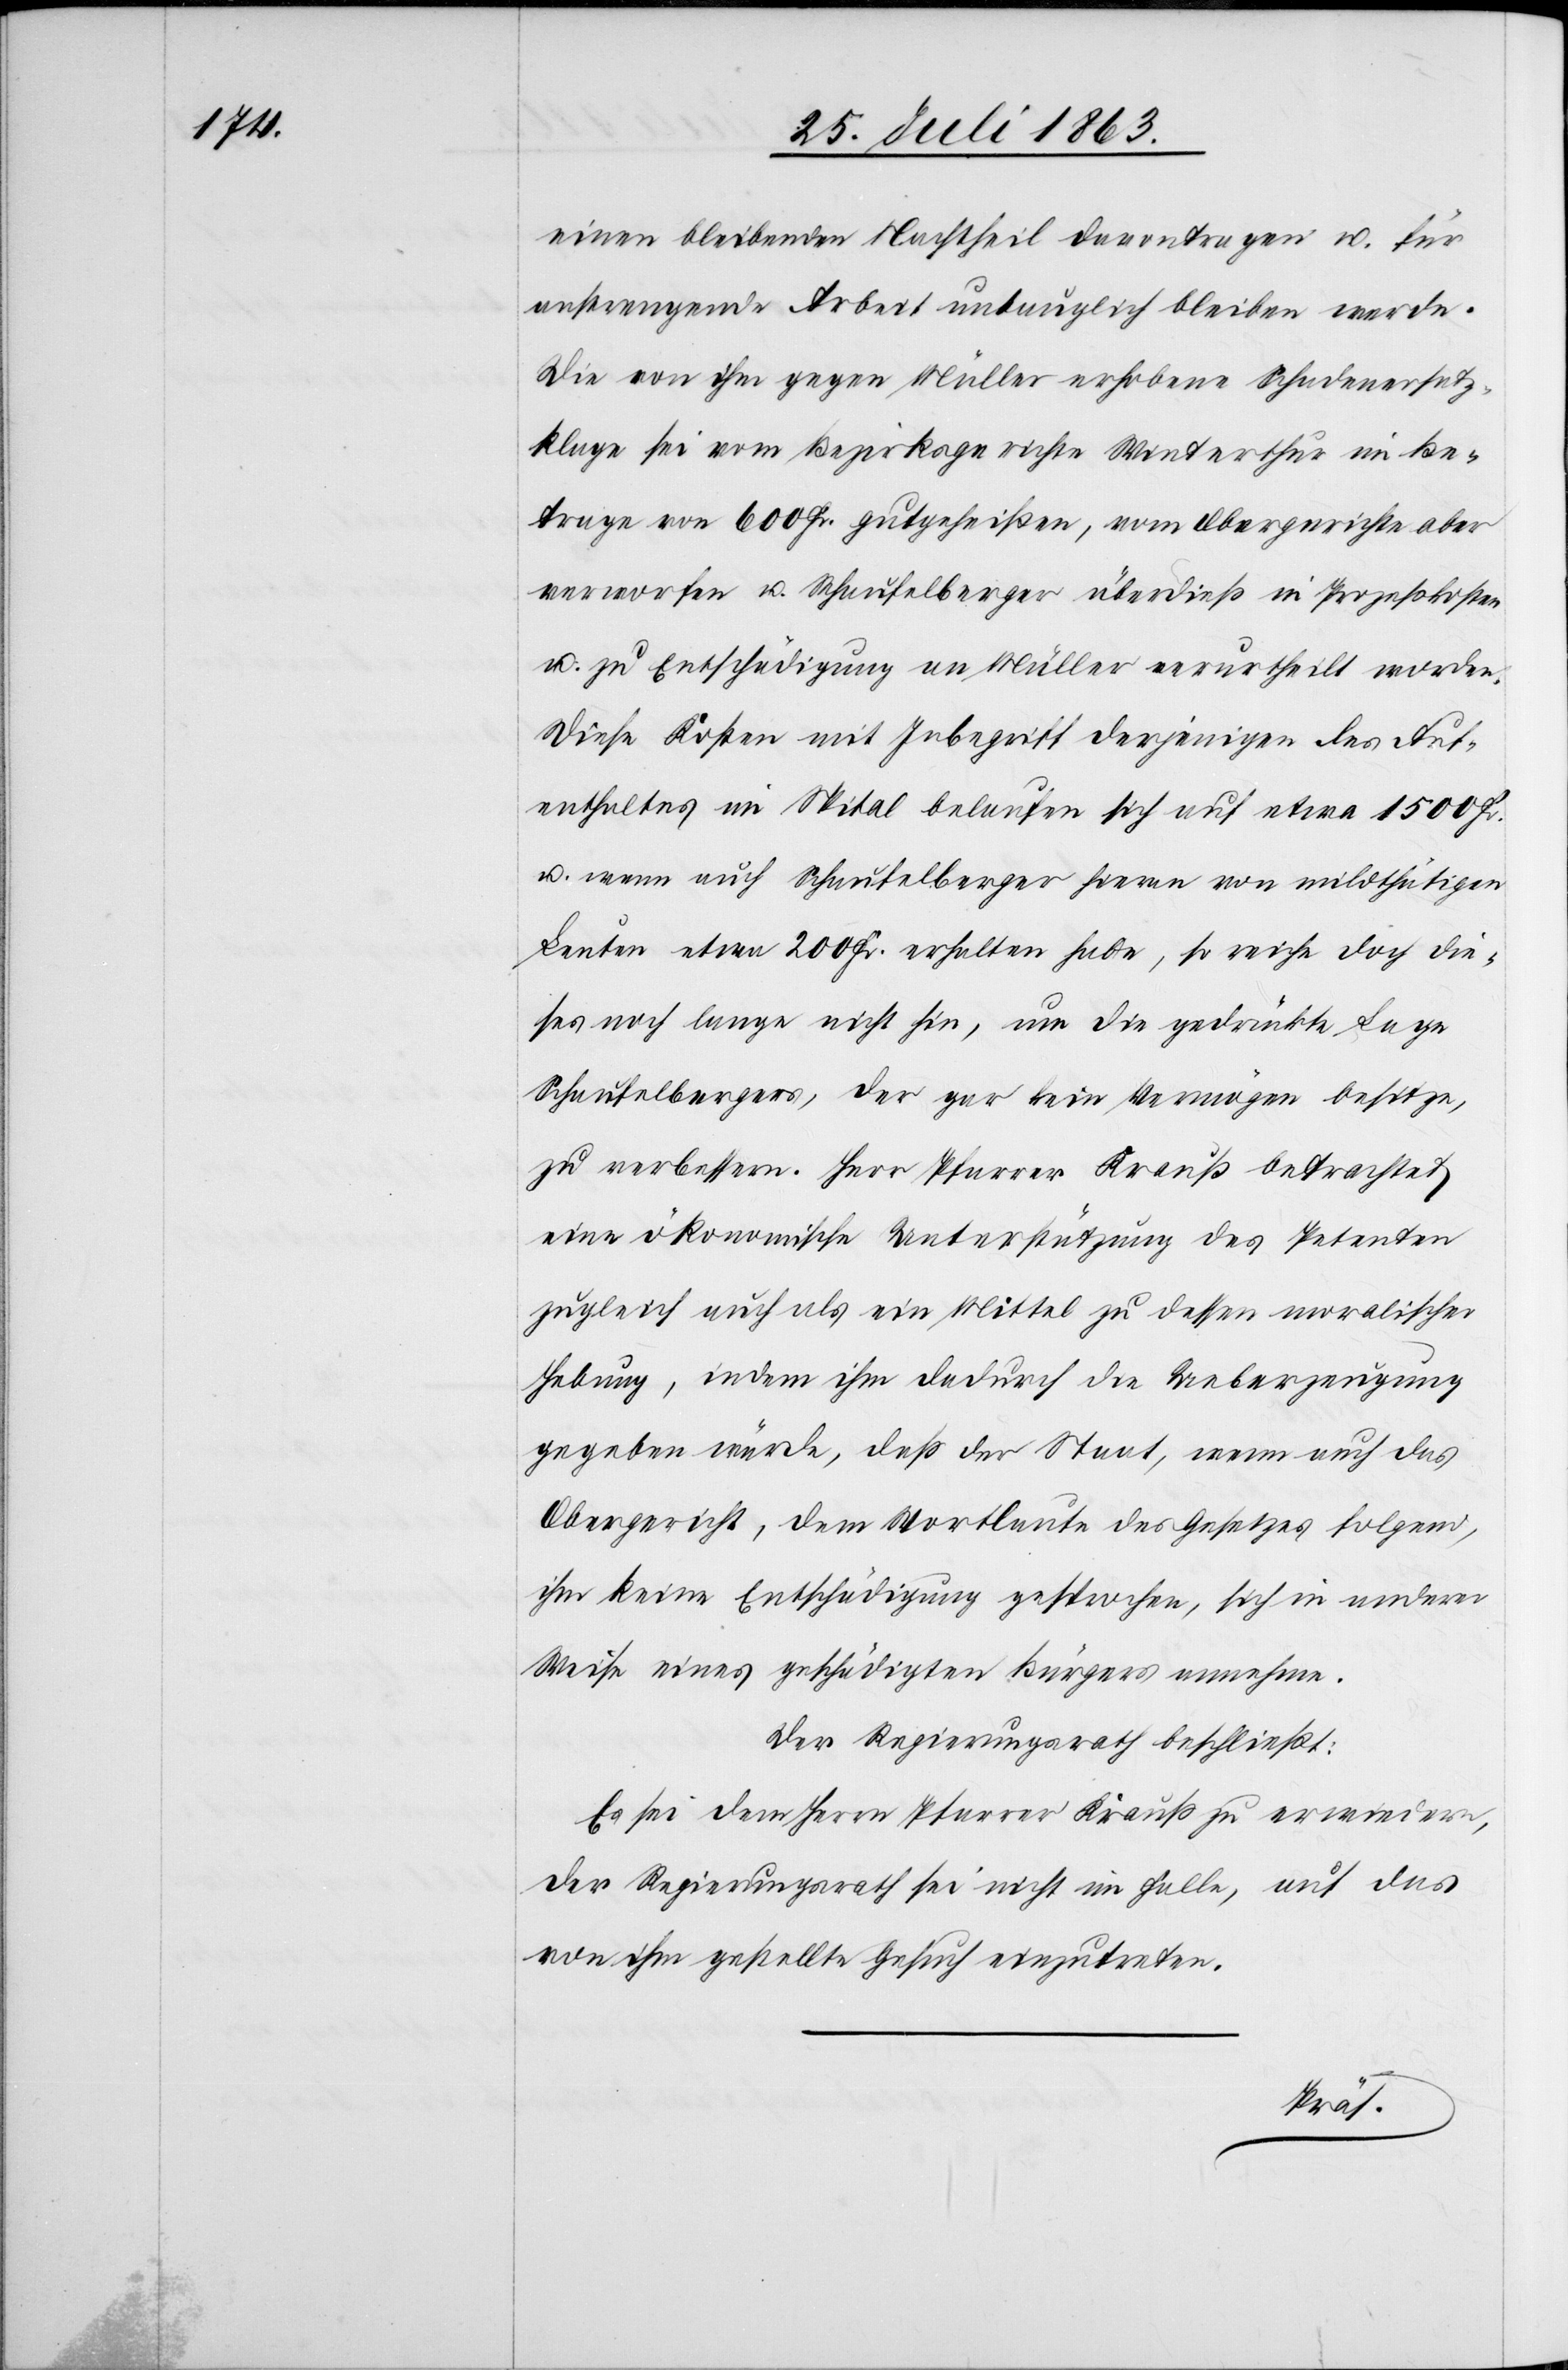
einen bleibenden Nachtheil davontragen u. für
anstrengende Arbeit untauglich bleiben werde.
Die von ihm gegen Müller erhobene Schadenersatz¬
klage sei vom Bezirksgerichte Winterthur im Be¬
trage von 600 Fr. gutgeheißen, vom Obergerichte aber
verworfen u. Schaufelberger überdieß in Prozeßkosten
u. zu Entschädigung an Müller verurtheilt worden.
Diese Kosten mit Inbegriff derjenigen des Auf¬
enthaltes im Spital belaufen sich auf etwa 1500 Fr.
u. wenn auch Schaufelberger hieran von mildthätigen
Leuten etwa 200 Fr. erhalten habe, so reiche doch die¬
ses noch lange nicht hin, um die gedrückte Lage
Schaufelbergers, der gar kein Vermögen besitze,
zu verbessern. Herr Pfarrer Krauß betrachtet
eine ökonomische Unterstützung des Petenten
zugleich auch als ein Mittel zu dessen moralischer
Hebung, indem ihm dadurch die Ueberzeugung
gegeben würde, daß der Staat, wenn auch das
Obergericht, dem Wortlaute des Gesetzes folgend,
ihm keine Entschädigung gesprochen, sich in anderer
Weise eines geschädigten Bürgers annehme.
Der Regierungsrath beschließt:
Es sei dem Herrn Pfarrer Krauß zu erwiedern,
der Regierungsrath sei nicht im Falle, auf das
von ihm gestellte Gesuch einzutreten.